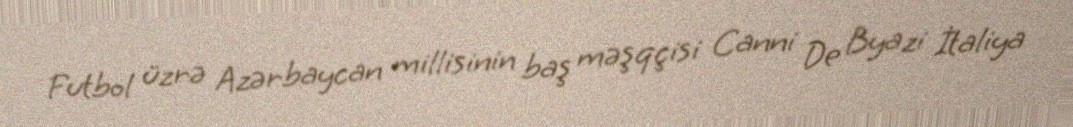
Futbol üzrə Azərbaycan millisinin baş məşqçisi Canni De Byazi İtaliya